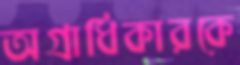
অগ্রাধিকারকে